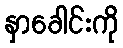
နှာခေါင်းကို